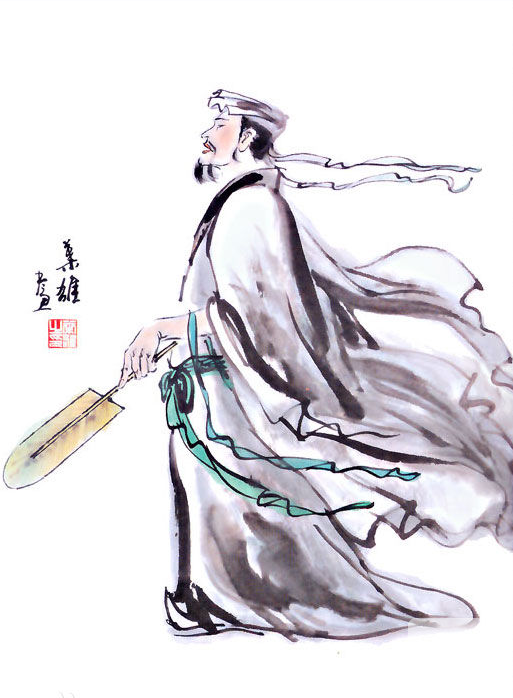
魏都接燕赵，美女夸芙蓉。